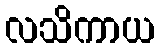
လသိကာယ